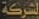
لشركة